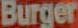
Burger